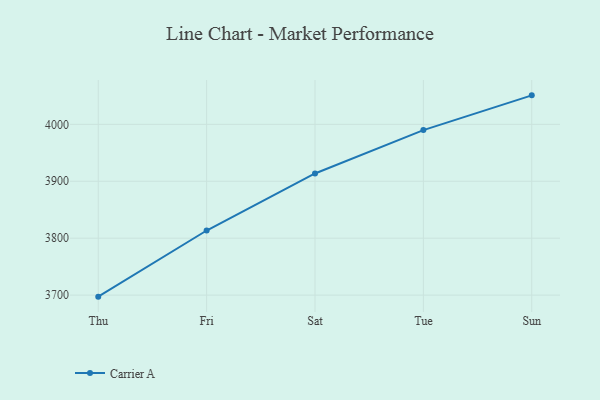
{"axis": {"x": "Day", "y": "Latency (ms)"}, "legend": ["Carrier A"], "data": [{"x": "Thu", "y": 3697.3, "type": "Carrier A"}, {"x": "Fri", "y": 3813.5, "type": "Carrier A"}, {"x": "Sat", "y": 3913.7, "type": "Carrier A"}, {"x": "Tue", "y": 3989.9, "type": "Carrier A"}, {"x": "Sun", "y": 4050.9, "type": "Carrier A"}]}